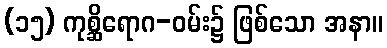
(၁၅) ကုစ္ဆိရောဂ-ဝမ်း၌ ဖြစ်သော အနာ။